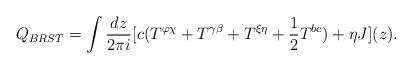
LaTeX: \begin{align*}Q_{BRST}=\int \frac{dz}{2 \pi i}[c(T^{\varphi \chi}+T^{\gamma\beta }+T^{\xi \eta}+\frac{1}{2}T^{bc})+\eta J](z).\end{align*}